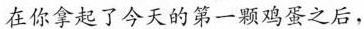
在你拿起了今天的第一颗鸡蛋之后，